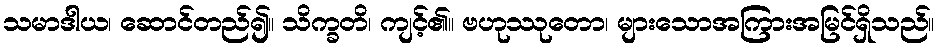
သမာဒါယ၊ ဆောင်တည်၍။ သိက္ခတိ၊ ကျင့်၏။ ဗဟုဿုတော၊ များသောအကြားအမြင်ရှိသည်။